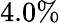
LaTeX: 4.0\%